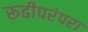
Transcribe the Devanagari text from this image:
रूढीपरंपरा